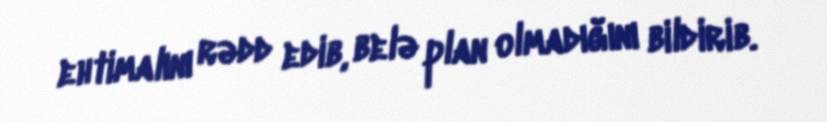
ehtimalını rədd edib, belə plan olmadığını bildirib.